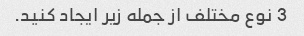
3 نوع مختلف از جمله زیر ایجاد کنید.